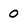
Character: 0